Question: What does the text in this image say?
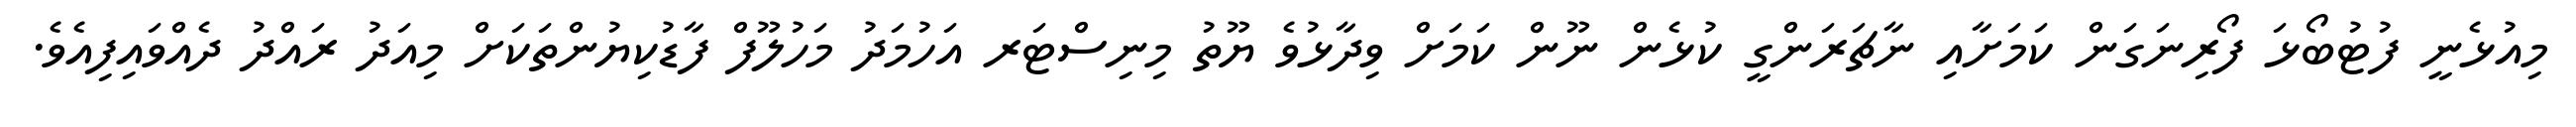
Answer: މިއުޅެނީ ފުޓުބޯޅަ ފޯރިނަގަން ކަމަށާއި ނާޗަރަންގީ ކުޅެން ނޫން ކަމަށް ވިދާޅުވެ ޔޫތު މިނިސްޓަރ އަހުމަދު މަހުލޫފް ފާޑުކިޔުންތަކަށް މިއަދު ރައްދު ދެއްވައިފިއެވެ.